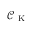
\mathcal { C _ { \mathrm { ~ K ~ } } }